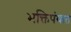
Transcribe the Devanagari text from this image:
भक्तिपंथात